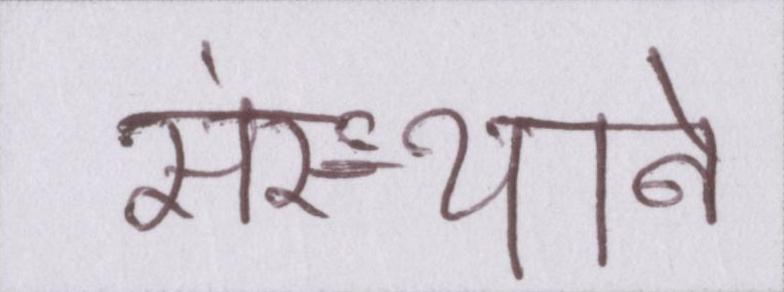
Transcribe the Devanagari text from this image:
संस्थानें